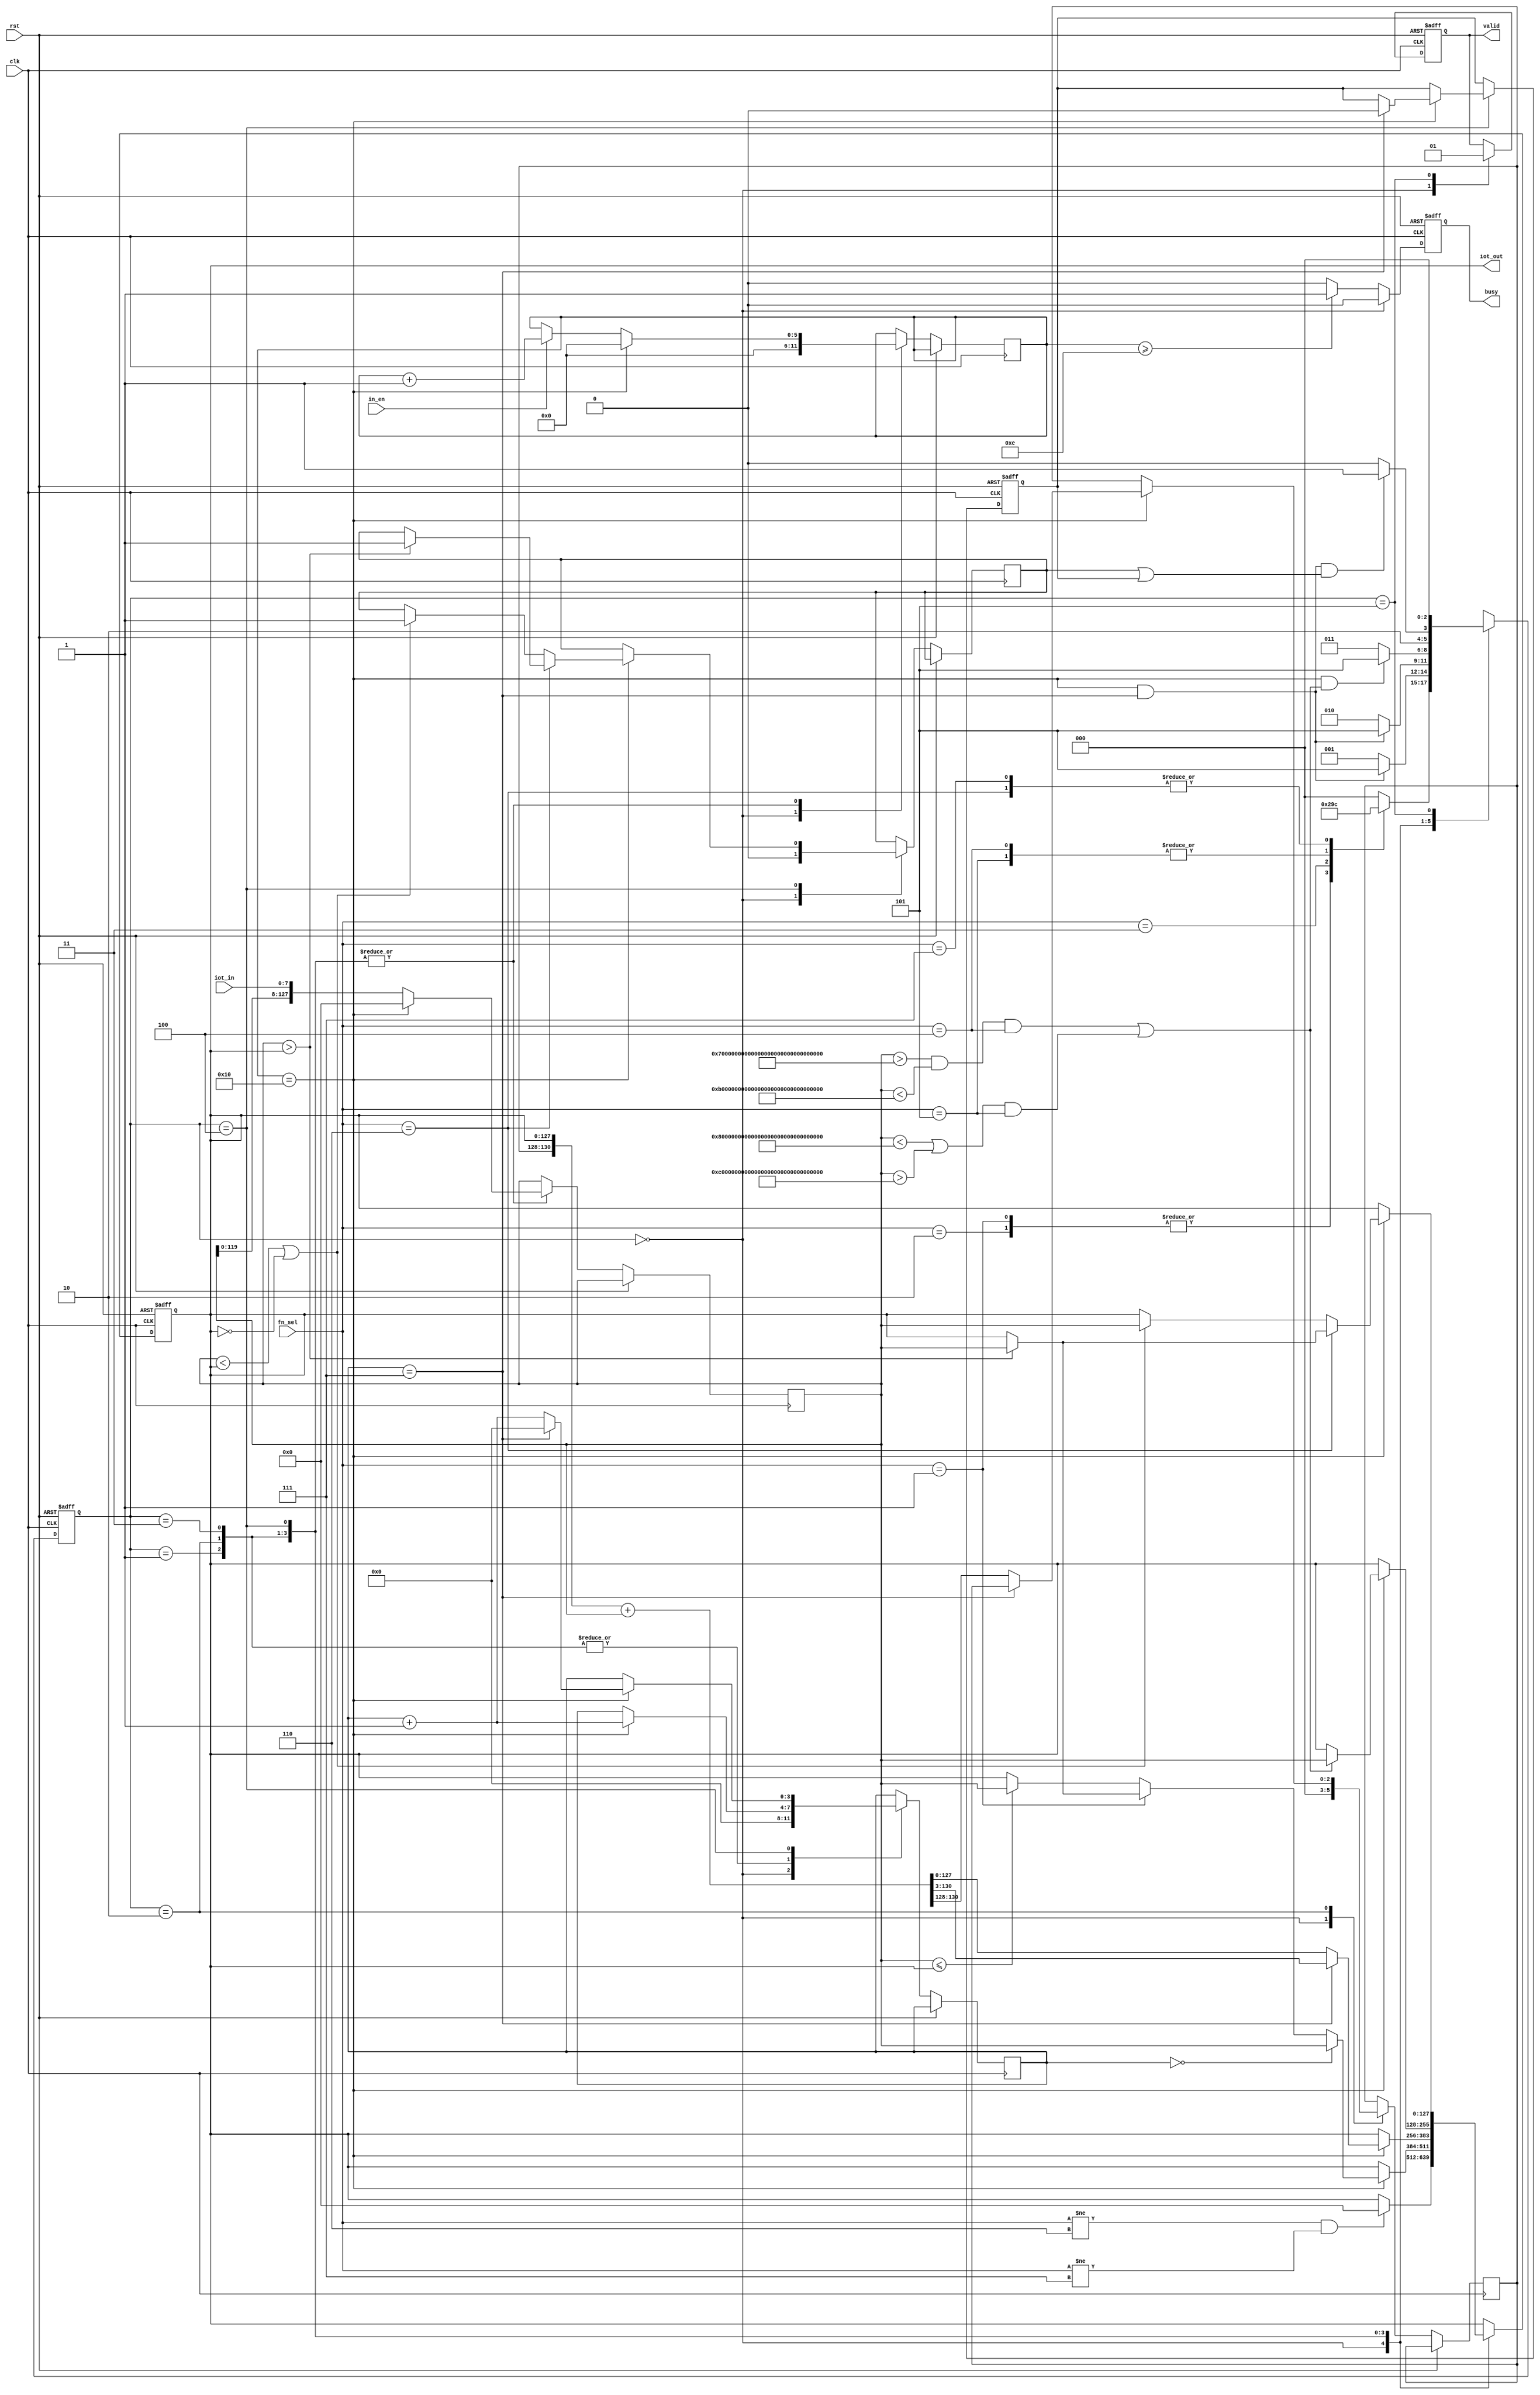
`timescale 1ns/10ps
module IOTDF( clk, rst, in_en, iot_in, fn_sel, busy, valid, iot_out);
input          clk;
input          rst;
input          in_en;
input  [7:0]   iot_in;
input  [2:0]   fn_sel;
output reg     busy;
output reg     valid;
output reg [127:0] iot_out;

reg [2:0] crState, ntState;
reg [127:0] temp;
reg [2:0] avg_overflow; 
reg [5:0] counter;
reg [3:0] times;
reg firstOut, newOut;

parameter SELECT    = 3'd0,
          MAX_MIN   = 3'd1,
          AVG       = 3'd2,
          EXT_EXC   = 3'd3,
          PMAX_PMIN = 3'd4,
          OUTPUT    = 3'd5;

parameter ExtractLow  = 128'h6FFF_FFFF_FFFF_FFFF_FFFF_FFFF_FFFF_FFFF,
		  ExtractHigh = 128'hAFFF_FFFF_FFFF_FFFF_FFFF_FFFF_FFFF_FFFF,
		  ExcludeLow  = 128'h7FFF_FFFF_FFFF_FFFF_FFFF_FFFF_FFFF_FFFF,
		  ExcludeHigh = 128'hBFFF_FFFF_FFFF_FFFF_FFFF_FFFF_FFFF_FFFF;

wire extract = ((temp>ExtractLow && temp<ExtractHigh) && fn_sel==4);
wire exclude = ((temp<ExcludeLow || temp>ExcludeHigh) && fn_sel==5);

always@(posedge clk or posedge rst)begin
	if(rst) begin
		busy <= 1;
		valid <= 0;
		firstOut <= 1;
		iot_out <= 128'd0;
		crState <= SELECT;
	end
	else begin
		crState <= ntState;
		busy <= (counter>=14)? 1 : 0;
		case(crState)
			SELECT:begin
				busy <= 0;
				valid <= 0;
				times <= 0;
				newOut <= 0;
				counter <= 6'd0;
				avg_overflow <= 3'd0;
				if(fn_sel!=6 && fn_sel!=7) iot_out <= 0;
			end
			MAX_MIN:begin
				temp <= {temp[119:0], iot_in};
				if(counter==16)begin
					if(times==0) iot_out <= temp;
					else if(fn_sel==1)begin  
						 if(temp>iot_out) iot_out <= temp;   // MAX
					end
					else if(temp<=iot_out) iot_out <= temp;  // MIN
					temp <= 0;
					counter <= 6'd0;
					times <= times + 1;
				end
				else if(in_en)counter <= counter + 1;
			end
			AVG:begin
				temp <= {temp[119:0], iot_in};
				if(counter==16)begin
					if(times==7) iot_out <= ({avg_overflow, iot_out} + temp) >> 3;
					else {avg_overflow, iot_out} <= {avg_overflow, iot_out} + temp;
					temp <= 0;
					counter <= 6'd0;
					times <= times + 1;
				end
				else if(in_en)counter <= counter + 1;
			end
			EXT_EXC:begin
				temp <= {temp[119:0], iot_in};
				if(counter==16)begin
					temp <= 0;
					counter <= 6'd0;
					times <= times + 1;
					if(extract ||  exclude) iot_out <= temp;
				end
				else if(in_en)counter <= counter + 1;
			end
			PMAX_PMIN:begin
				temp <= {temp[119:0], iot_in};
				if(counter==16)begin
					if(fn_sel==6)begin
						if(temp>iot_out) begin
							iot_out <= temp;
							newOut <= 1;
						end
					end
					else begin
						if(temp<iot_out || iot_out==0) begin
							iot_out <= temp;
							newOut <= 1;
						end
					end
					temp <= 0;
					counter <= 6'd0;
					if(times==7) begin
						firstOut <= 0;
						times <= 0;
					end
					else times <= times + 1;
				end
				else if(in_en)counter <= counter + 1;
			end
			OUTPUT:begin
				valid <= 1;
			end
		endcase
	end
end

always@(*)begin
	case(crState)
		SELECT:begin
			case(fn_sel)
				3'd1, 3'd2: ntState = MAX_MIN;
				3'd3: ntState = AVG;
				3'd4, 3'd5: ntState = EXT_EXC;
				3'd6, 3'd7: ntState = PMAX_PMIN;
				default : ntState = SELECT;
			endcase
		end
		MAX_MIN:begin
			ntState = (counter==16 && times==7)? OUTPUT : MAX_MIN;
		end
		AVG:begin
			ntState = (counter==16 && times==7)? OUTPUT : AVG;
		end
		EXT_EXC:begin
			ntState = (counter==16 && (extract || exclude))? OUTPUT : EXT_EXC;
		end
		PMAX_PMIN:begin
			ntState = ((counter==16 && times==7) && (newOut||firstOut))? OUTPUT : PMAX_PMIN;
		end
		OUTPUT:begin
			ntState = SELECT;
		end
		default : ntState = 'hx;
	endcase
end

endmodule